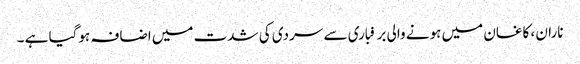
ناران ، کاغان میں ہونے والی برفباری سے سردی کی شدت میں اضافہ ہوگیا ہے ۔